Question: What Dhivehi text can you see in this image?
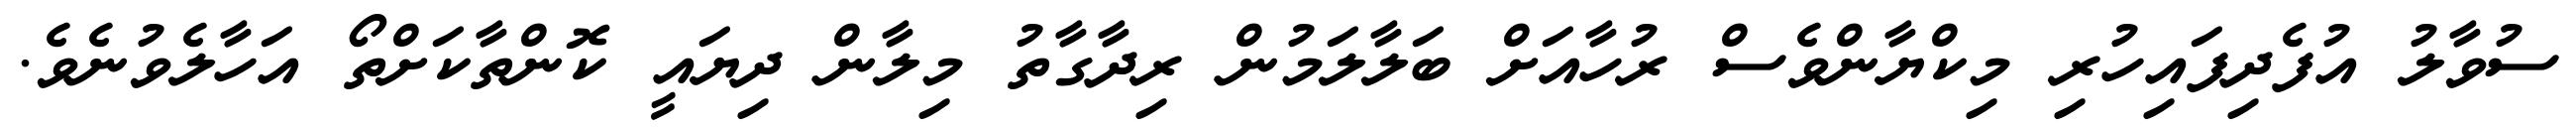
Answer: ސުވާލު އުފެދިފައިހުރި މިކްޔާންވެސް ރުހާއަށް ބަލާލަމުން ރިދާގާތު މިލާން ދިޔައީ ކޮންތާކަށްތޯ އަހާލެވުނެވެ.